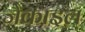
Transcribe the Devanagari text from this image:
जेकाइल